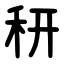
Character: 䄯